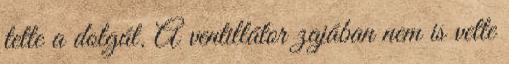
tette a dolgát. A ventillátor zajában nem is vette